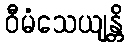
ဝီမံသေယျန္တိ